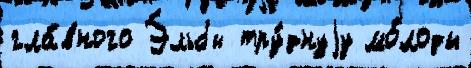
гла́вного Э́льбы тру́днуjу мо́лоды